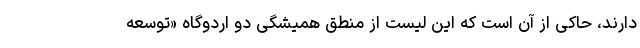
دارند، حاکی از آن است که این لیست از منطق همیشگی دو اردوگاه «توسعه